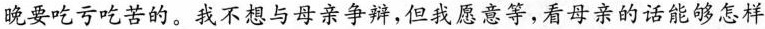
晚要吃亏吃苦的。我不想与母亲争辩，但我愿意等，看母亲的话能够怎样